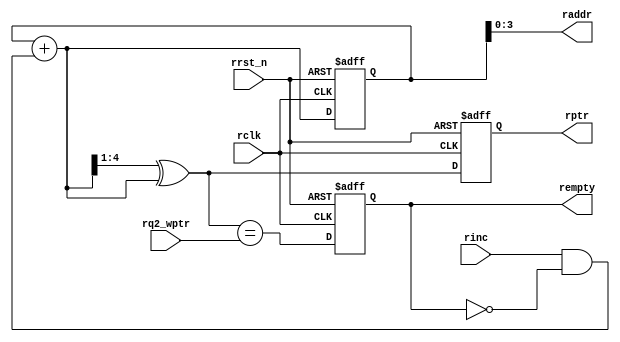
`timescale 1ns / 1ps
//////////////////////////////////////////////////////////////////////////////////
// Company: 
// Engineer: 
// 
// Design Name: 
// Module Name: rptr_empty
// Project Name: 
// Target Devices: 
// Tool Versions: 
// Description: 
// 
// Dependencies: 
// 
// Revision:
// Revision 0.01 - File Created
// Additional Comments:
// 
//////////////////////////////////////////////////////////////////////////////////


module rptr_empty
    #(parameter ADDRSIZE = 4)
    (
    output reg rempty,
    output [ADDRSIZE-1:0] raddr,
    output reg [ADDRSIZE:0] rptr,
    input [ADDRSIZE:0] rq2_wptr,
    input rinc,rclk,rrst_n
    );
    
    reg [ADDRSIZE:0] rbin;
    wire [ADDRSIZE:0] rgraynext,rbinnext;    
    wire [ADDRSIZE:0] rempty_val;
    always@(posedge rclk or negedge rrst_n) begin
        if(!rrst_n) {rbin, rptr} <= 0;
        else {rbin,rptr} <= {rbinnext,rgraynext}; // rptr value is converted to gray code.
    end
    
    assign raddr = rbin[ADDRSIZE-1:0];
    
    assign rbinnext = rbin + (rinc & ~rempty); // whenever rinc is 1 and BRAM is not empty then rbin increases by 1
    assign rgraynext = (rbinnext>>1) ^ rbinnext; //conversion bin to gray
    
    assign rempty_val = (rgraynext == rq2_wptr); // gray write and read vals compared
    
    always@(posedge rclk or negedge rrst_n) begin // if resetted fifo will be empty so empty is 1
        if(!rrst_n) rempty <= 1;
        else rempty <= rempty_val;
    end
endmodule